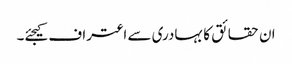
ان حقائق کا بہادری سے اعتراف کیجئے۔